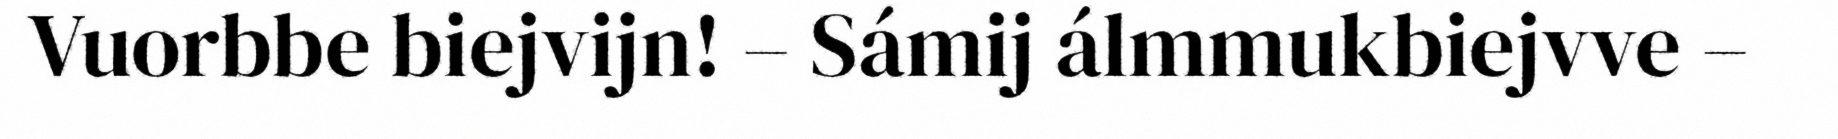
Vuorbbe biejvijn! – Sámij álmmukbiejvve –